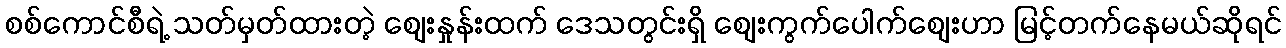
စစ်ကောင်စီရဲ့ သတ်မှတ်ထားတဲ့ စျေးနှုန်းထက် ဒေသတွင်းရှိ စျေးကွက်ပေါက်စျေးဟာ မြင့်တက်နေမယ်ဆိုရင်